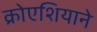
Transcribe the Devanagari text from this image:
क्रोएशियाने